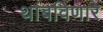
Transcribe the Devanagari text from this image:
थांबविणारे